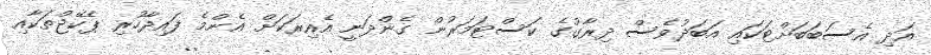
އަދި އެސަބަބަށްޓަކައި އަބަދުވެސް ދިރާގުގެ ކަސްޓަމަރުން ގެންދަނީ އެއިރަކަށް އެންމެ ފައިދާހުރި ޕެކޭޖްތަކާއި